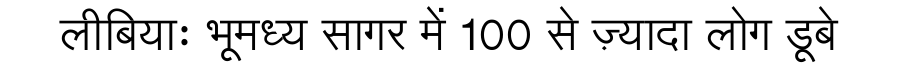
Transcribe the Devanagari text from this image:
लीबियाः भूमध्य सागर में 100 से ज़्यादा लोग डूबे